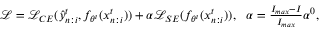
\begin{array} { r } { \mathcal { L } = \mathcal { L } _ { C E } ( \hat { y } _ { n : i } ^ { t } , f _ { \theta ^ { t } } ( x _ { n : i } ^ { t } ) ) + \alpha \mathcal { L } _ { S E } ( f _ { \theta ^ { t } } ( x _ { n : i } ^ { t } ) ) , ~ ~ \alpha = \frac { I _ { m a x } - I } { I _ { m a x } } { \alpha ^ { 0 } } , } \end{array}